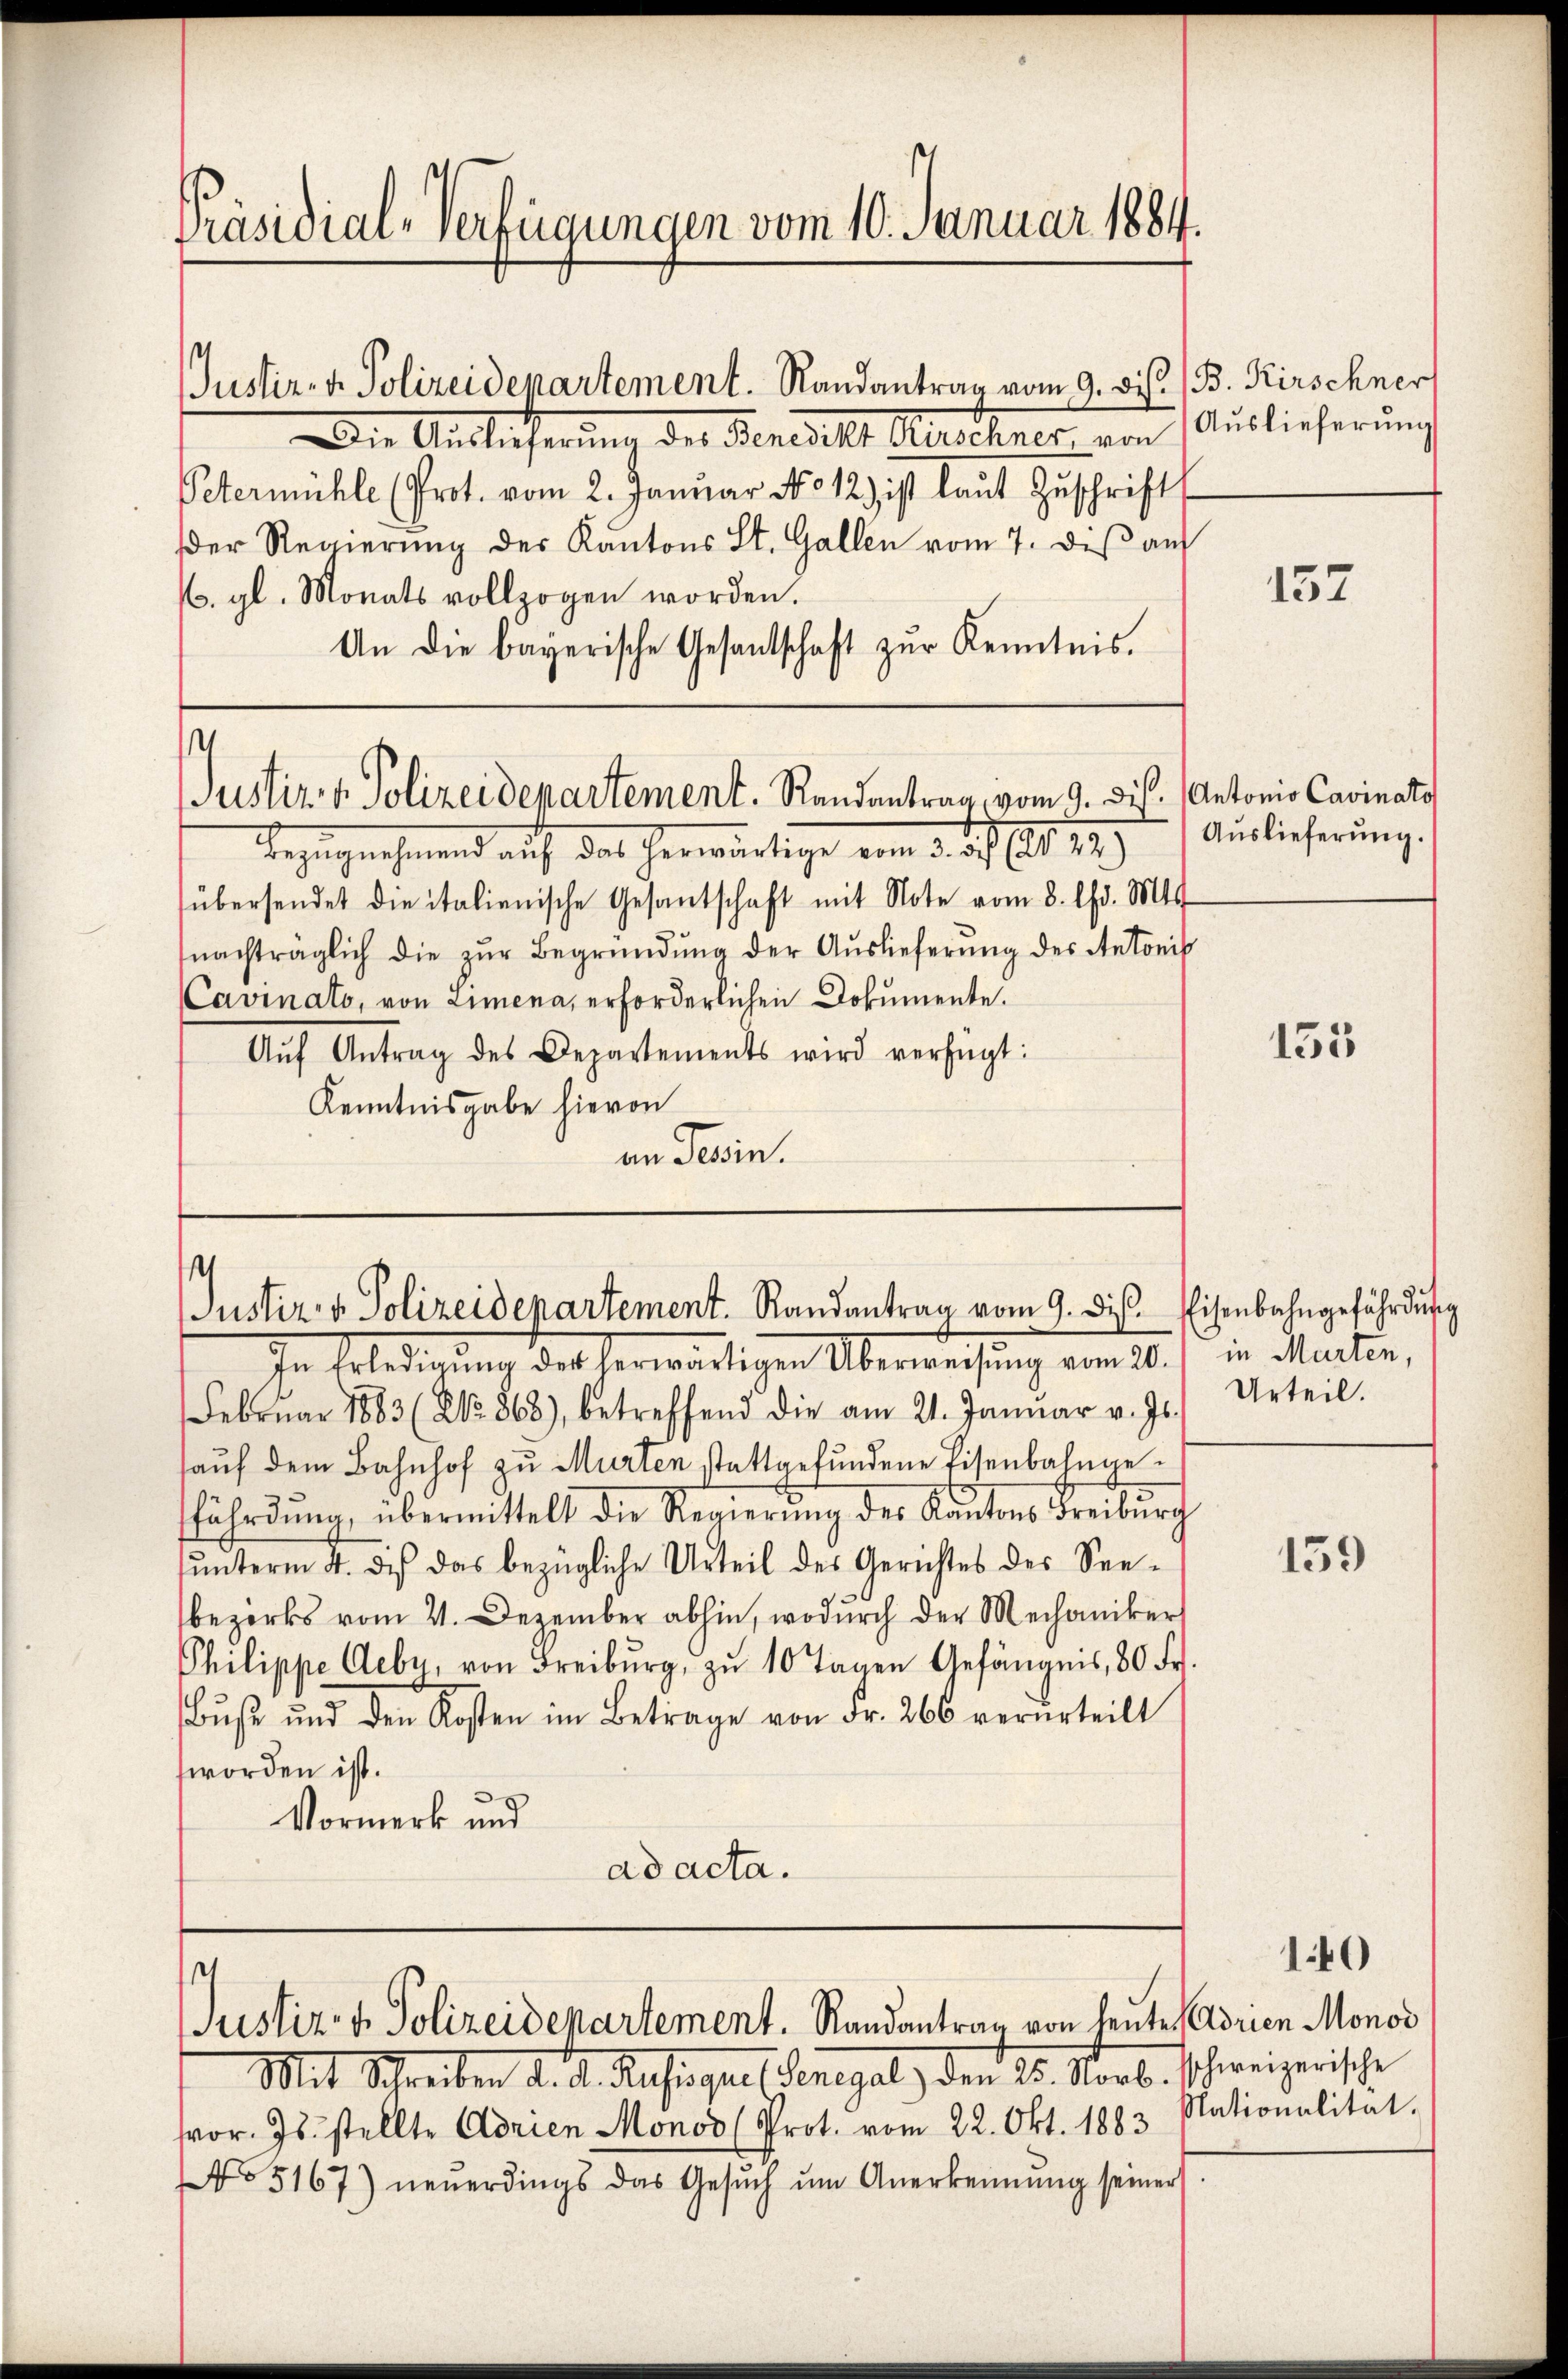
Präsidial-Verfügungen vom 10. Januar 1884.

Die Auslieferung der Berecht Austhener von Auslieferung
Petermühle (Prot. vom 2. Januar No 12) ist laut Zŭschrift
der Regierŭng des Kantons St. Gallen vom 7. dis auf
/6. gl. Monats vollzogen worden.
An die bayerische Gesandtschaft zŭr Kenntnis.

Justiz- u. Polizeidepartement. Randantrag vom 9. Dis. (B. Kirschner

t
Justiz & Polizeidepartement. Randantrag vom 9. Dis. (Antonio Cavinato

Justiz- & Polizeidenartement. Randantrag vom 9. diβ. Eisenbahngefährdung
In Erledigung des herwärtigen Überweisung am 20.

Bezugnahmend auf das herwärtige vom 3. d. 1812.
übersendet die italienische Gesantschaft mit Note vom 8. Chr. Mts
nachträglich die zŭr Begründung der Auslieferung des Antonis
Cavinato, von Limena, erforderlichen Dokumente.
Aŭf Antrag des Departements wird verfügt:
Kenntnisgabe hievon
an Perin.

Justiz- & Polizeidepartement. Randantrag von heute Adrien Monor

Februar 1883 (No. 868), betreffend die am 21. Janŭar v. Js.
haŭf dem Bahnhof zŭ Murten stattgefŭndene Eisenbahngefährdung, übermittelt die Regierŭng der Kantons Freiburch
ŭnterm 4. dis das bezügliche Urteil des Gerichtes des See-
bezirks vom 21. Dezember abhin, wodurch der Mechaniker
Philippe Aebe, von Freiburg, zŭ 10 Tagen Gefängnis, 80 Fr.
Bŭβe ŭnd den Kosten im Betrage von Fr. 266 verurteilt
worden ist.
Vormerk und
ad acta.

Mit Schreiben d. d. Rusisquel Senegal den 25. Norb. schweizerische
vor. Js. stellte Adrien Monos (Prot. vom 22. Okt. 1883 Nationalität.
No 5167) neŭerdings das Gesŭch ŭm Anerkennung seiner

157

Auslieferung.

135

in Marten,
Urteil.

139

140